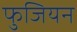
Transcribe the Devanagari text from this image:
फुजियन